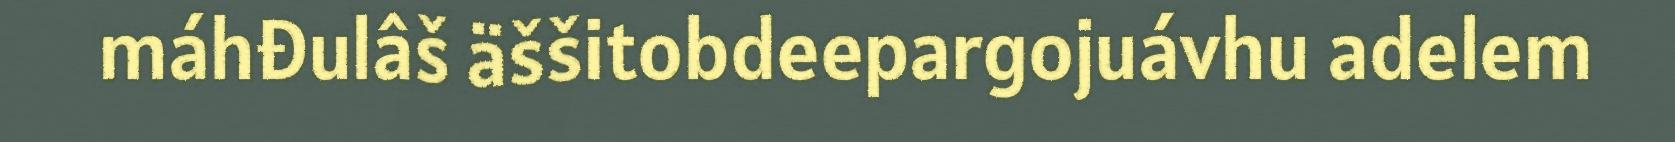
máhđulâš äššitobdeepargojuávhu adelem